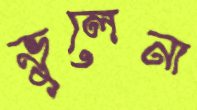
ভুলেনা